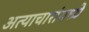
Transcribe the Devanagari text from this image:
अत्याचारांमध्ये